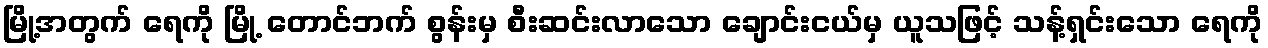
မြို့အတွက် ရေကို မြို့ တောင်ဘက် စွန်းမှ စီးဆင်းလာသော ချောင်းငယ်မှ ယူသဖြင့် သန့်ရှင်းသော ရေကို